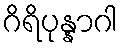
ဂိရိပုန္နာဂါ